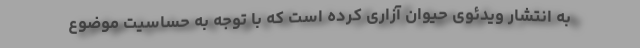
به انتشار ویدئوی حیوان آزاری کرده است که با توجه به حساسیت موضوع